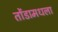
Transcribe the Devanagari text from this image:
तोंडामधला